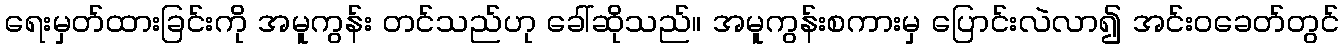
ရေးမှတ်ထားခြင်းကို အမူကွန်း တင်သည်ဟု ခေါ်ဆိုသည်။ အမူကွန်းစကားမှ ပြောင်းလဲလာ၍ အင်းဝခေတ်တွင်